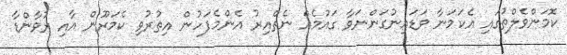
ކޮމަންވެލްތުގައި އެކަމަނާ ވަޑައިނުގަންނަވާ ގައުމެއް ނެތްއިރު އެންމެފަހުން އިތުރުވި ކެމަރޫން އާއި ރުވާންޑާ